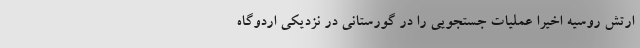
ارتش روسیه اخیراً عملیات جستجویی را در گورستانی در نزدیکی اردوگاه